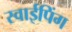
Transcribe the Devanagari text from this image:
स्वाईपिंग